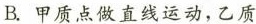
B.甲质点做直线运动，乙质